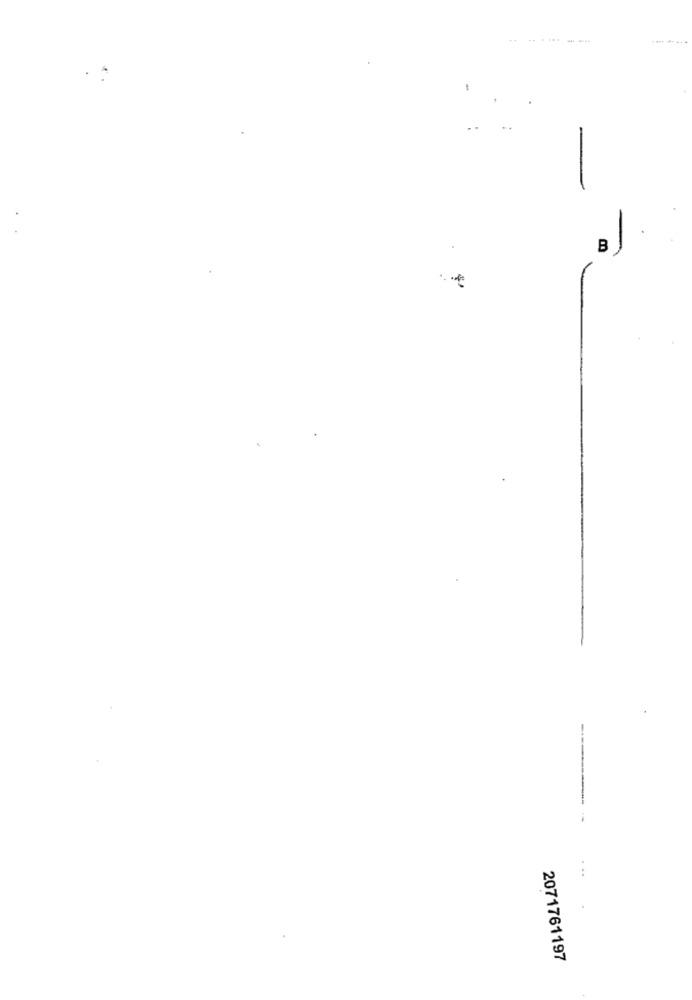
------
2071761197